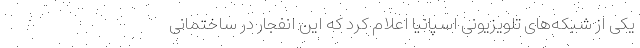
یکی از شبکه‌های تلویزیونی اسپانیا اعلام کرد که این انفجار در ساختمانی